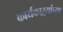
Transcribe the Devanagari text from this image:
कार्यकाऱ्यांच्या